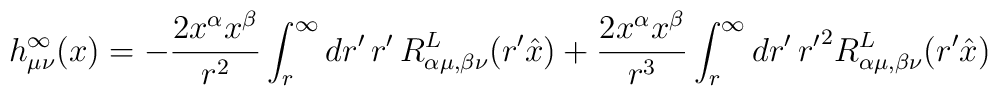
h^\infty_{\mu \nu}(x) = - \frac{2 x^\alpha x^\beta}{r^2}  \int_r^\infty dr' \, r' \, R^L_{\alpha \mu , \beta \nu}(r' \hat{x}) +  \frac{2 x^\alpha x^\beta}{r^3} \int_r^\infty dr' \, {r'}^2  R^L_{\alpha \mu , \beta \nu}(r' \hat{x})